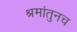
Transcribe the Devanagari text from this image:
श्रमांतुनच